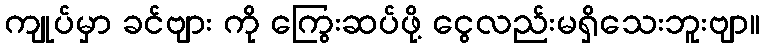
ကျုပ်မှာ ခင်ဗျား ကို ကြွေးဆပ်ဖို့ ငွေလည်းမရှိသေးဘူးဗျာ။